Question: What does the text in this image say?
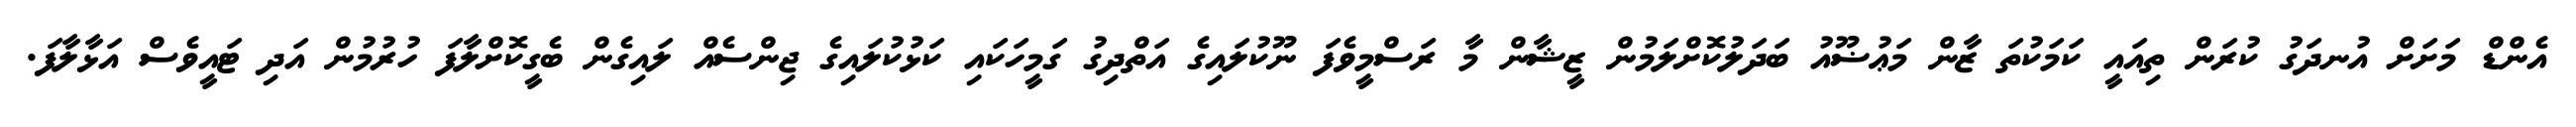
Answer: އެންޑް މަށަށް އުނދަގު ކުރަން ތިއައީ ކަމަކުތަ ޒާން މަޢުޟޫއު ބަދަލުކޮށްލަމުން ޒީޝާން މާ ރަސްމީވެފަ ނޫކުލައިގެ އަތްދިގު ގަމީހަކައި ކަޅުކުލައިގެ ޖިންސެއް ލައިގެން ބެގީކޮށްލާފަ ހުރުމުން އަދި ޓައީވެސް އަޅާލާފަ.